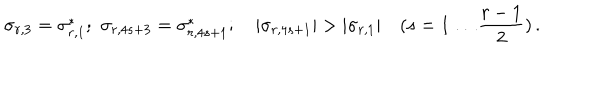
\sigma _ { r , 3 } = \sigma _ { r , 1 } ^ { * } ; \, \, \sigma _ { r , 4 s + 3 } = \sigma _ { r , 4 s + 1 } ^ { * } ; \quad | \sigma _ { r , 4 s + 1 } | > | \sigma _ { r , 1 } | \quad ( s = 1 \ldots \frac { r - 1 } { 2 } ) \, .